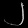
Digit: ၂